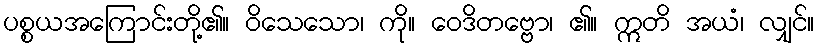
ပစ္စယအကြောင်းတို့၏။ ဝိသေသော၊ ကို။ ဝေဒိတဗ္ဗော၊ ၏။ ဣတိ အယံ၊ လျှင်။